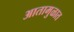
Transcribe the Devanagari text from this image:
आतामुळात